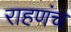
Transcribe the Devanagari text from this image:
राहणंच